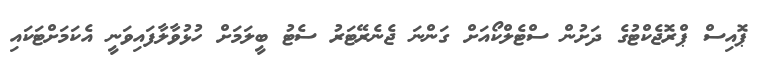
ޕޮއިސް ޕްރޮޖެކްޓުގެ ދަށުން ސްޓެލްކޯއަށް ގަންނަ ޖެނެރޭޓަރު ސެޓު ބީލަމަށް ހުޅުވާލާފައިވަނީ އެކަމަށްޓަކައި